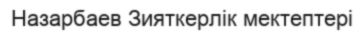
Назарбаев Зияткерлік мектептері